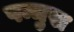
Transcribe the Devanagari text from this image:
षन्मुख